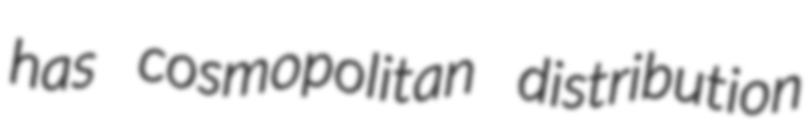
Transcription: has cosmopolitan distribution